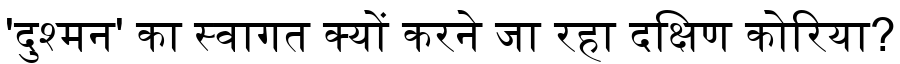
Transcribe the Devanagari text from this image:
'दुश्मन' का स्वागत क्यों करने जा रहा दक्षिण कोरिया?